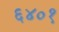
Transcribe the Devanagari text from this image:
६४०१